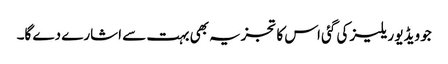
جو ویڈیو ریلیز کی گئی اس کا تجزیہ بھی بہت سے اشارے دے گا۔